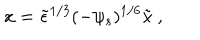
x = \tilde { \epsilon } ^ { 1 / 3 } ( - \psi _ { s } ) ^ { 1 / 6 } \tilde { x } \ ,